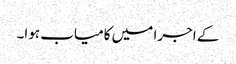
کے اجرا میں کامیاب ہوا۔